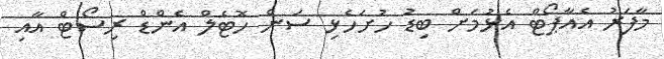
މާފަރު އެއާޕޯޓް އެޅުމަށް ބިޑު ހުށަހެޅި ސަން ހޮޓެލް އެންޑް ރިސޯޓް އާއި